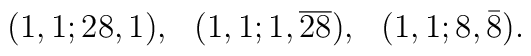
\begin{array}{rrr}(1,1;28,1),& (1,1;1,\overline{28}),& (1,1;8,\bar{8}).\end{array}